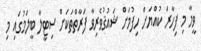
ވީމާ މި ފިހާރަ ކުއްޔަށް ހިފުމަށް ޝައުޤުވެރިވާ ފަރާތްތަކަށް ސިޓީލާ ބީލަމުގައި މި